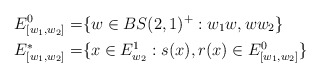
\begin{align*}E_{[w_1,w_2]}^0=& \{w\in BS(2,1)^+: w_1 w , w w_2 \} \\E_{[w_1,w_2]}^*=&\{ x\in E^1_{w_2}: s(x),r(x) \in E_{[w_1,w_2]}^0 \}\end{align*}